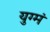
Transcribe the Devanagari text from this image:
युग्मं